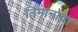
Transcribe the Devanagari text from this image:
तिमानोवा